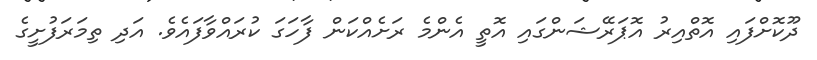
ދޫކޮށްފައި އޮތްއިރު އޮޕަރޭޝަންގައި އޮތީ އެންމެ ރަށެއްކަން ފާހަގަ ކުރައްވާފައެވެ. އަދި ތިމަަރަފުށީގެ